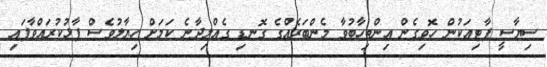
ސިޔާސީ ޕާޓިއަކުން ހޮވިގެން އިންތިހާބުވާ މެންބަރެއްގެ ގޮނޑި ގެއްލިދާނެ ކަމަށް ހިޔާލުވެސް ފާޅުކުރައްވާފައި